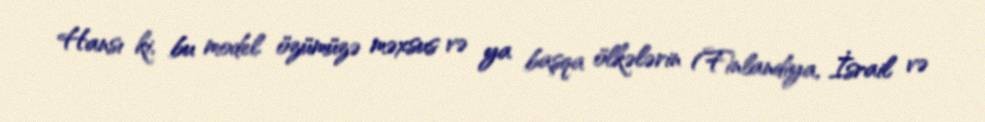
Hansı ki, bu model özümüzə məxsus və ya başqa ölkələrin (Finlandiya, İsrail və